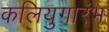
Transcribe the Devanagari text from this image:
कलियुगारंभ